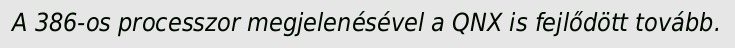
A 386-os processzor megjelenésével a QNX is fejlődött tovább.